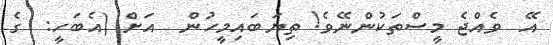
އޭ  ވެއްޖެ މީސްތަކުންނޭވެ! ތިޔަބައިމީހުން  އަށް (އެބަހީ:  ގެ